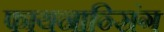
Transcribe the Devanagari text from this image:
फायनान्सिंग